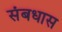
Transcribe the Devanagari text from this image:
संबधास